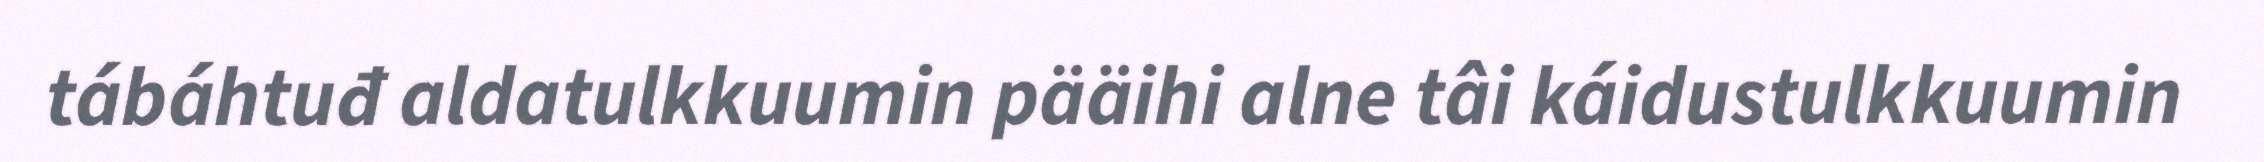
tábáhtuđ aldatulkkuumin pääihi alne tâi káidustulkkuumin